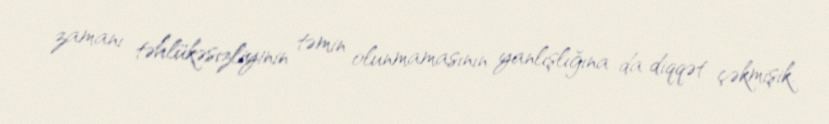
zamanı təhlükəsizliyinin təmin olunmamasının yanlışlığına da diqqət çəkmişik.